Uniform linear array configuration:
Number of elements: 64
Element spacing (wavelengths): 0.25
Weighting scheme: hamming
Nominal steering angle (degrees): -45
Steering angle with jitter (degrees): -44.979
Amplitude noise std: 0.05
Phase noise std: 0.05

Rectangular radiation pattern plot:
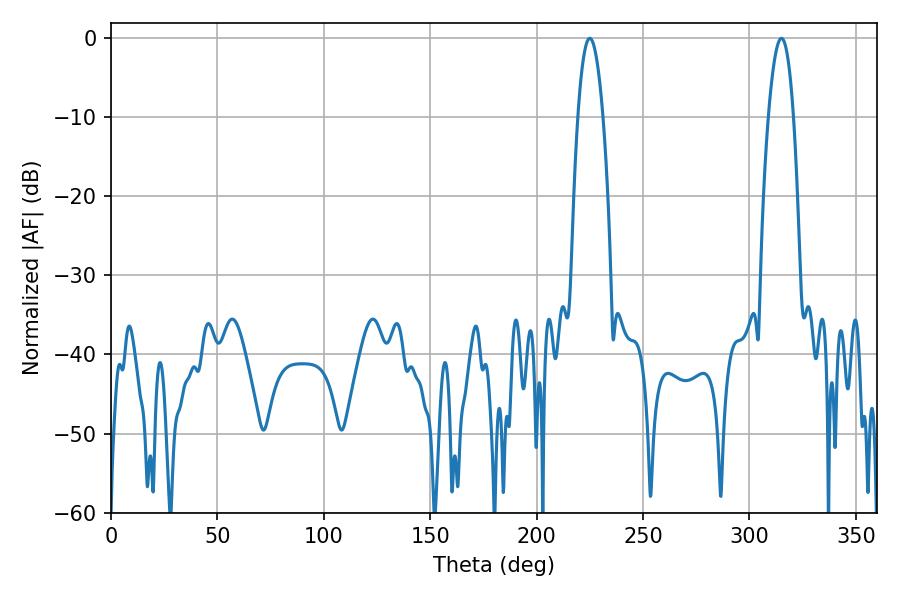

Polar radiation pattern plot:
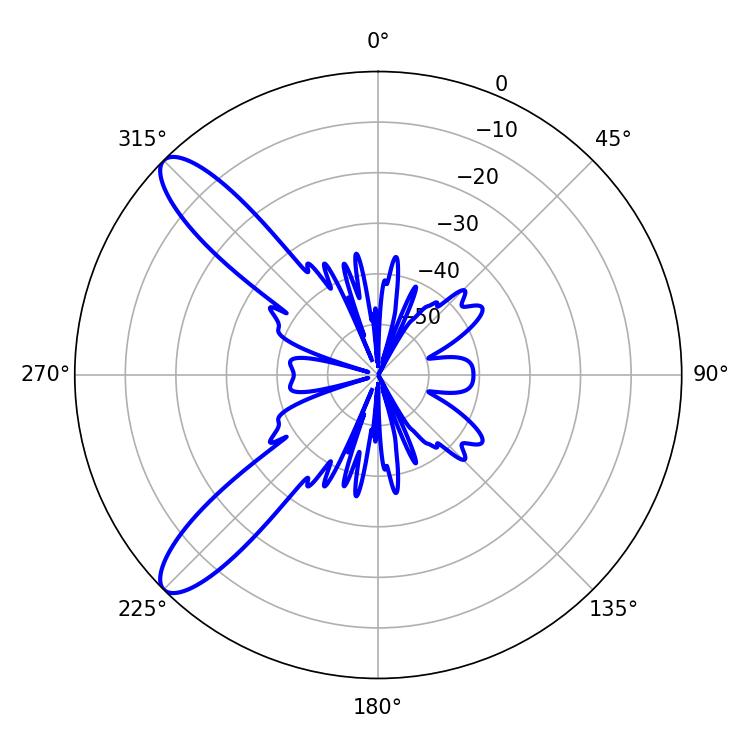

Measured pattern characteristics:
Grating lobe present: FALSE
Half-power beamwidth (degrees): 6.48
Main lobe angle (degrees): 225